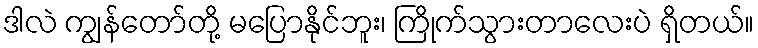
ဒါလဲ ကျွန်တော်တို့ မပြောနိုင်ဘူး၊ ကြိုက်သွားတာလေးပဲ ရှိတယ်။